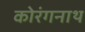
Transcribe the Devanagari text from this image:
कोरंगनाथ